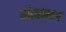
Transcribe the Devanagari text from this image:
मोहम्मग